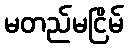
မတည်မငြိမ်